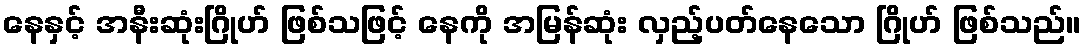
နေနှင့် အနီးဆုံးဂြိုဟ် ဖြစ်သဖြင့် နေကို အမြန်ဆုံး လှည့်ပတ်နေသော ဂြိုဟ် ဖြစ်သည်။